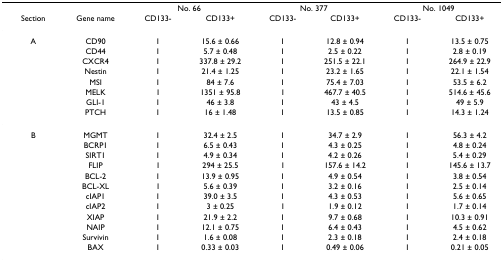
<table><thead><tr><td></td><td></td><td colspan="2"><b>No. 66</b></td><td colspan="2"><b>No. 377</b></td><td colspan="2"><b>No. 1049</b></td></tr><tr><td><b>Section</b></td><td><b>Gene name</b></td><td><b>CD133-</b></td><td><b>CD133+</b></td><td><b>CD133-</b></td><td><b>CD133+</b></td><td><b>CD133-</b></td><td><b>CD133+</b></td></tr></thead><tbody><tr><td>A</td><td>CD90</td><td>1</td><td>15.6 ± 0.66</td><td>1</td><td>12.8 ± 0.94</td><td>1</td><td>13.5 ± 0.75</td></tr><tr><td></td><td>CD44</td><td>1</td><td>5.7 ± 0.48</td><td>1</td><td>2.5 ± 0.22</td><td>1</td><td>2.8 ± 0.19</td></tr><tr><td></td><td>CXCR4</td><td>1</td><td>337.8 ± 29.2</td><td>1</td><td>251.5 ± 22.1</td><td>1</td><td>264.9 ± 22.9</td></tr><tr><td></td><td>Nestin</td><td>1</td><td>21.4 ± 1.25</td><td>1</td><td>23.2 ± 1.65</td><td>1</td><td>22.1 ± 1.54</td></tr><tr><td></td><td>MSI</td><td>1</td><td>84 ± 7.6</td><td>1</td><td>75.4 ± 7.03</td><td>1</td><td>53.5 ± 6.2</td></tr><tr><td></td><td>MELK</td><td>1</td><td>1351 ± 95.8</td><td>1</td><td>467.7 ± 40.5</td><td>1</td><td>514.6 ± 45.6</td></tr><tr><td></td><td>GLI-1</td><td>1</td><td>46 ± 3.8</td><td>1</td><td>43 ± 4.5</td><td>1</td><td>49 ± 5.9</td></tr><tr><td></td><td>PTCH</td><td>1</td><td>16 ± 1.48</td><td>1</td><td>13.5 ± 0.85</td><td>1</td><td>14.3 ± 1.24</td></tr><tr><td>B</td><td>MGMT</td><td>1</td><td>32.4 ± 2.5</td><td>1</td><td>34.7 ± 2.9</td><td>1</td><td>56.3 ± 4.2</td></tr><tr><td></td><td>BCRP1</td><td>1</td><td>6.5 ± 0.43</td><td>1</td><td>4.3 ± 0.25</td><td>1</td><td>4.8 ± 0.24</td></tr><tr><td></td><td>SIRT1</td><td>1</td><td>4.9 ± 0.34</td><td>1</td><td>4.2 ± 0.26</td><td>1</td><td>5.4 ± 0.29</td></tr><tr><td></td><td>FLIP</td><td>1</td><td>294 ± 25.5</td><td>1</td><td>157.6 ± 14.2</td><td>1</td><td>145.6 ± 13.7</td></tr><tr><td></td><td>BCL-2</td><td>1</td><td>13.9 ± 0.95</td><td>1</td><td>4.9 ± 0.54</td><td>1</td><td>3.8 ± 0.54</td></tr><tr><td></td><td>BCL-XL</td><td>1</td><td>5.6 ± 0.39</td><td>1</td><td>3.2 ± 0.16</td><td>1</td><td>2.5 ± 0.14</td></tr><tr><td></td><td>cIAP1</td><td>1</td><td>39.0 ± 3.5</td><td>1</td><td>4.3 ± 0.53</td><td>1</td><td>5.6 ± 0.65</td></tr><tr><td></td><td>cIAP2</td><td>1</td><td>3 ± 0.25</td><td>1</td><td>1.9 ± 0.12</td><td>1</td><td>1.7 ± 0.14</td></tr><tr><td></td><td>XIAP</td><td>1</td><td>21.9 ± 2.2</td><td>1</td><td>9.7 ± 0.68</td><td>1</td><td>10.3 ± 0.91</td></tr><tr><td></td><td>NAIP</td><td>1</td><td>12.1 ± 0.75</td><td>1</td><td>6.4 ± 0.43</td><td>1</td><td>4.5 ± 0.62</td></tr><tr><td></td><td>Survivin</td><td>1</td><td>1.6 ± 0.08</td><td>1</td><td>2.3 ± 0.18</td><td>1</td><td>2.4 ± 0.18</td></tr><tr><td></td><td>BAX</td><td>1</td><td>0.33 ± 0.03</td><td>1</td><td>0.49 ± 0.06</td><td>1</td><td>0.21 ± 0.05</td></tr></tbody></table>